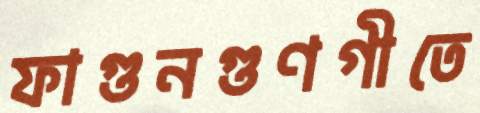
ফাগুনগুণগীতে